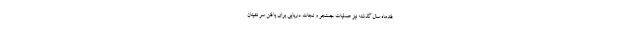
فندماه سال گذشته نیز عملیات جستجو و نجات دریایی برای یافتن سر نشینان